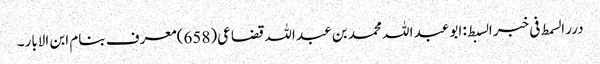
درر السمط فی خبر السبط: ابو عبد اللہ محمد بن عبد اللہ قضاعی(658)معرف بنام ابن الابار۔